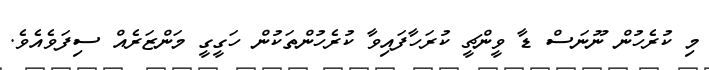
މި ކުރެހުން ނޫނަސް ޑާ ވީންޗީ ކުރަހާފައިވާ ކުރެހުންތަކުން ހަގީގީ މަންޒަރެއް ސިފަވެއެވެ.